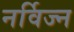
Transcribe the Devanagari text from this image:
नर्विज्न